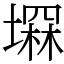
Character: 𡑕